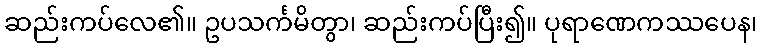
ဆည်းကပ်လေ၏။ ဥပသင်္ကမိတွာ၊ ဆည်းကပ်ပြီး၍။ ပုရာဏေကဿပေန၊